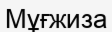
Мұғжиза